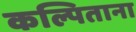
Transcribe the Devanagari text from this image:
कल्पिताना